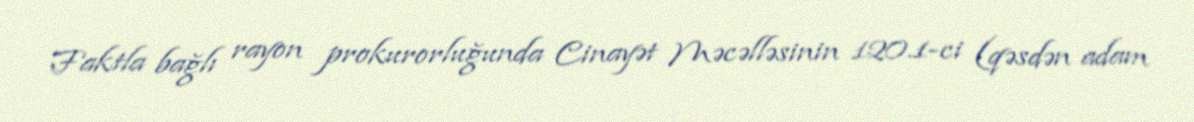
Faktla bağlı rayon prokurorluğunda Cinayət Məcəlləsinin 120.1-ci (qəsdən adam